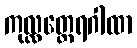
ကုလ္လတ္ထေရဂါထာ